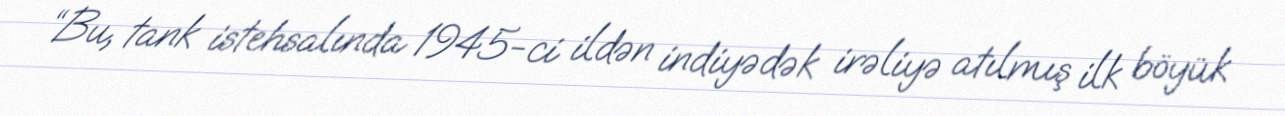
“Bu, tank istehsalında 1945-ci ildən indiyədək irəliyə atılmış ilk böyük